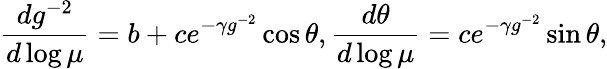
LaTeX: \frac{dg^{-2}}{d\log\mu}=b+ce^{-\gamma g^{-2}}\cos\theta,\frac{d\theta}{d\log\mu}=ce^{-\gamma g^{-2}}\sin\theta,